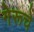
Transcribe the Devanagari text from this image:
गेरूचे